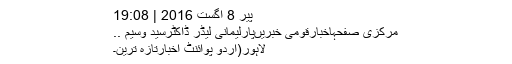
پیر 8 اگست 2016 | 19:08
مرکزی صفحہاخبارقومی خبریںپارلیمانی لیڈر ڈاکٹرسید وسیم ..
لاہور(اُردو پوائنٹ اخبارتازہ ترین۔